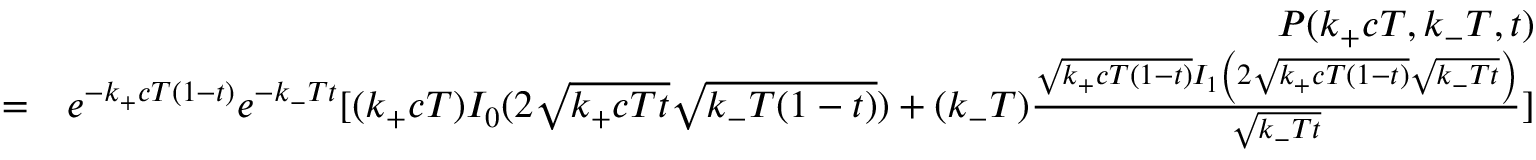
\begin{array} { r l r } & { } & { P ( k _ { + } c T , k _ { - } T , t ) } \\ & { = } & { e ^ { - k _ { + } c T ( 1 - t ) } e ^ { - k _ { - } T t } [ ( k _ { + } c T ) I _ { 0 } ( 2 \sqrt { k _ { + } c T t } \sqrt { k _ { - } T ( 1 - t ) } ) + ( k _ { - } T ) \frac { \sqrt { k _ { + } c T ( 1 - t ) } I _ { 1 } \left( 2 \sqrt { k _ { + } c T ( 1 - t ) } \sqrt { k _ { - } T t } \right) } { \sqrt { k _ { - } T t } } ] } \end{array}